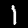
Label: 1